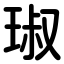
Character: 琡